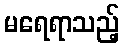
မရေရာသည့်